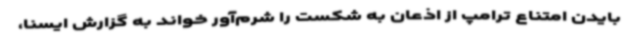
بایدن امتناع ترامپ از اذعان به شکست را شرم‌آور خواند به گزارش ایسنا،